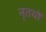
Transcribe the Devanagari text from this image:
नृतयों